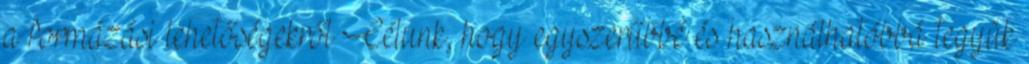
a formázási lehetőségekről Célunk, hogy egyszerűbbé és használhatóbbá tegyük